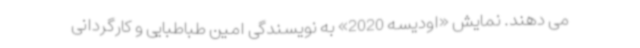
می دهند. نمایش «اودیسه 2020» به نویسندگی امین طباطبایی و کارگردانی